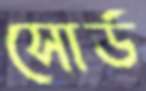
সোর্ড